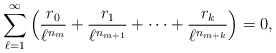
\begin{gather*}\sum_{\ell=1}^\infty\left(\frac{r_0}{\ell^{n_m}}+\frac{r_1}{\ell^{n_{m+1}}}+\dots+\frac{r_k}{\ell^{n_{m+k}}}\right)=0,\end{gather*}